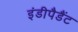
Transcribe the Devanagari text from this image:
इंडीपैडैंट